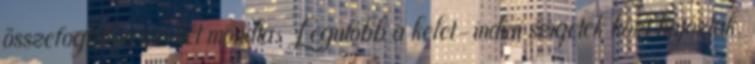
összefoglalva ezeket mondta: Legutóbb a kelet-indiai szigetek közt hajóztak.